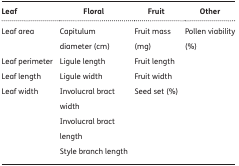
| Leaf | Floral | Fruit | Other |
 | --- | --- | --- | --- |
 | Leaf area | Capitulum diameter (cm) | Fruit mass (mg) | Pollen viability (%) |
 | Leaf perimeter | Ligule length | Fruit length |  |
 | Leaf length | Ligule width | Fruit width |  |
 | Leaf width | Involucral bract width | Seed set (%) |  |
 |  | Involucral bract length |  |  |
 |  | Style branch length |  |  |